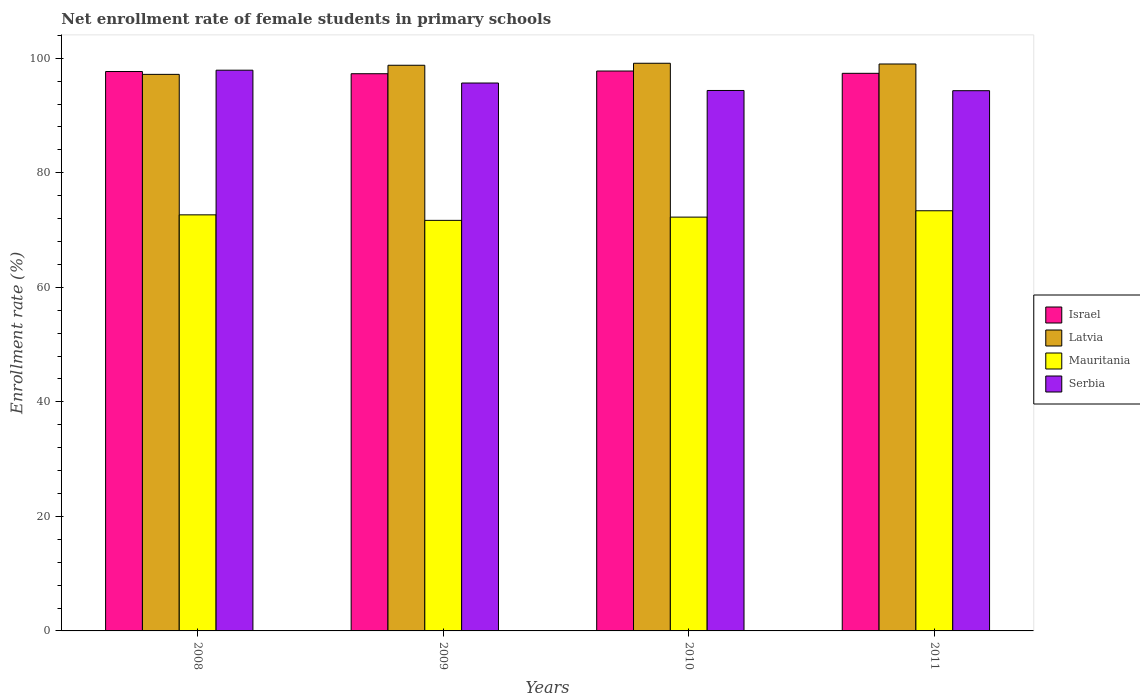
| Years | Israel | Latvia | Mauritania | Serbia |
 | --- | --- | --- | --- | --- |
 | 2008 | 97.7 | 97.2 | 72.7 | 97.9 |
 | 2009 | 97.3 | 98.8 | 71.7 | 95.7 |
 | 2010 | 97.8 | 99.1 | 72.3 | 94.4 |
 | 2011 | 97.4 | 99 | 73.4 | 94.3 |